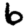
Digit: 6